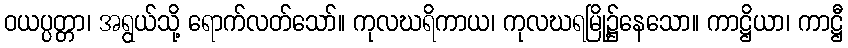
ဝယပ္ပတ္တာ၊ အရွယ်သို့ ရောက်လတ်သော်။ ကုလဃရိကာယ၊ ကုလဃရမြို့၌နေသော။ ကာဋ္ဌိယာ၊ ကာဋ္ဌီ